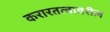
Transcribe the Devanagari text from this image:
करारतत्वावरील